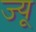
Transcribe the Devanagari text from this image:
ज्‍यू